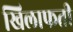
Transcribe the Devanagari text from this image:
खिलाफती